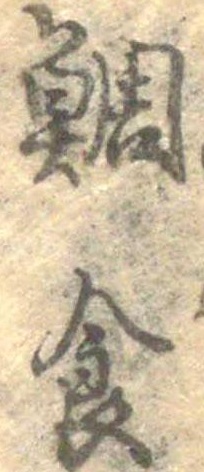
鯛食